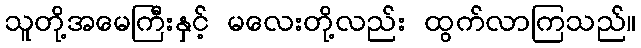
သူတို့အမေကြီးနှင့် မလေးတို့လည်း ထွက်လာကြသည်။